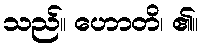
သည်။ ဟောတိ၊ ၏။